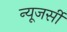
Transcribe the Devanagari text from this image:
न्‍यूजर्सी